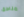
مناطق